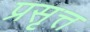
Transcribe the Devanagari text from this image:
प्रसृत्त